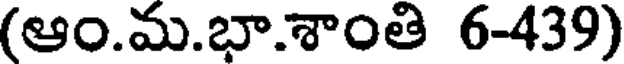
(ఆం.మ.భా.శాంతి 6-439)